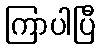
ကြာပါပြီ